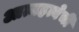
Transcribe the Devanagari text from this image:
आत्महत्येची